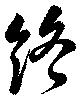
終